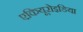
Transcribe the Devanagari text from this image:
एकियूरोइडिया